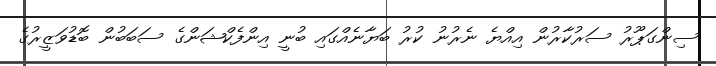
ސިންގަަޕޫރު ސަރުކާރުން އިއްޔެ ނެރުނު ކުރު ބަޔާނެއްގައި ބުނީ އިންފެކްޝަންގެ ސަބަބުން ބޮޑުވަޒީރުގެ